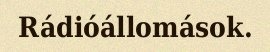
Rádióállomások.